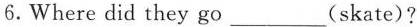
6.Where did they go___(skate)?